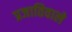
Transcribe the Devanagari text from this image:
प्रजातिवाले